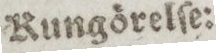
Rungörelſe: